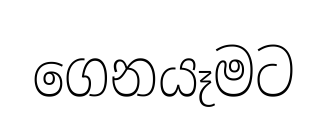
ගෙනයෑමට